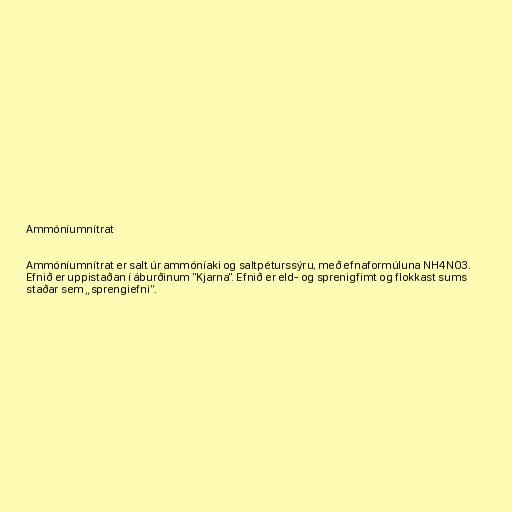
Ammóníumnítrat

Ammóníumnítrat er salt úr ammóníaki og saltpéturssýru, með efnaformúluna NH4NO3.
Efnið er uppistaðan í áburðinum "Kjarna". Efnið er eld- og sprenigfimt og flokkast sums
staðar sem „sprengiefni“.